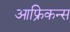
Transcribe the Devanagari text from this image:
आफ्रिकन्स